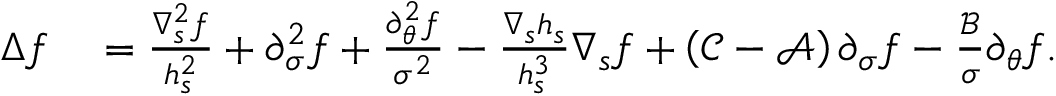
\begin{array} { r l } { \Delta f } & { { } = \frac { \nabla _ { s } ^ { 2 } f } { h _ { s } ^ { 2 } } + \partial _ { \sigma } ^ { 2 } f + \frac { \partial _ { \theta } ^ { 2 } f } { \sigma ^ { 2 } } - \frac { \nabla _ { s } h _ { s } } { h _ { s } ^ { 3 } } \nabla _ { s } f + \left( \mathcal { C } - \mathcal { A } \right) \partial _ { \sigma } f - \frac { \mathcal { B } } { \sigma } \partial _ { \theta } f . } \end{array}